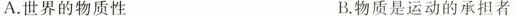
A.世界的物质性 B.物质是运动的承担者